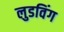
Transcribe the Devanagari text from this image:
लुडविंग